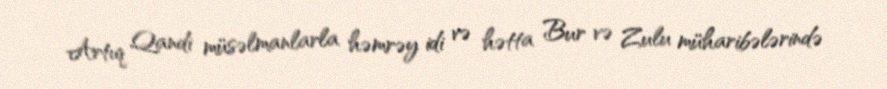
Artıq Qandi müsəlmanlarla həmrəy idi və hətta Bur və Zulu müharibələrində